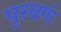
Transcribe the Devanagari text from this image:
पुरवणं